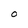
Character: O